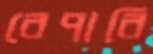
বেপারি